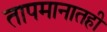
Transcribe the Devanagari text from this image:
तापमानातही